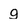
Character: g